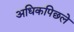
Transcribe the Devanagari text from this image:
अधिकपिछले